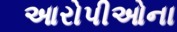
આરોપીઓના